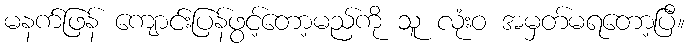
မနက်ဖြန် ကျောင်းပြန်ဖွင့်တော့မည်ကို သူ လုံးဝ အမှတ်မရတော့ပြီ။